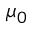
\mu _ { 0 }